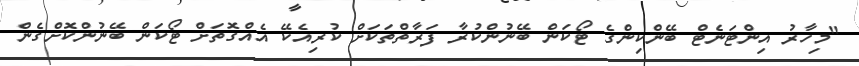
"މިހާރު އިންޓަނެޓް ބޭންކިންގެ ޓޯކަން ބޭނުންކުރާ ފަރާތްތަކަށް ކުރިއެކޭ އެއްގޮތަށް ޓޯކަން ބޭނުންކޮށްގެން